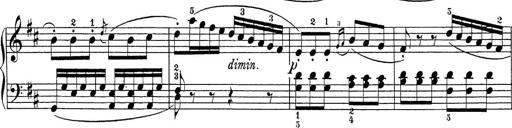
Title: Sonatina Album
Composer: Louis KÃ¶hler